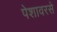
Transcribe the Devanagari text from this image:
पेशावरसे